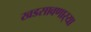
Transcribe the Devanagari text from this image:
खडसावणार्‍या